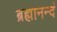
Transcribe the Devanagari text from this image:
ब्रह्मानन्दं